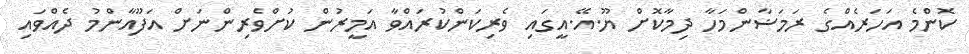
ކޮންމެ އަހަރެއްގެ ރަމަޟާންމަހާ ދިމާކޮށް ޔޫ.އޭ.އީގައި ވެރިކަންކުރައްވާ އަމީރުން ކުށްވެރިންނަށް އަފޫއާންމު ދެއްވައި